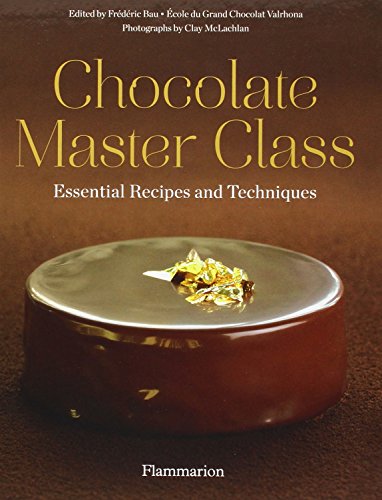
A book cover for Chocolate Master Class: Essential Recipes and Techniques; Ecole Grand Chocolat Valrhona; Cookbooks, Food & Wine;